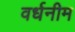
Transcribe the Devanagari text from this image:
वर्धनीम